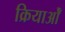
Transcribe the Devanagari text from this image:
क्रियाओँ